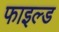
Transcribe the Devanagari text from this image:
फाइल्ड